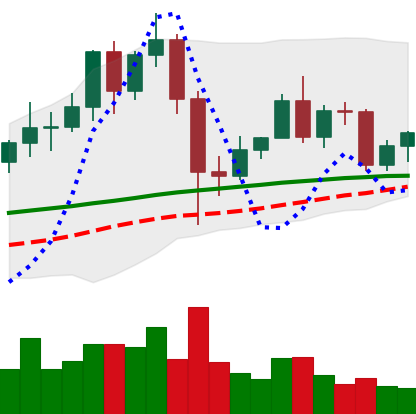
Ticker: LINK-USD
Chart end date: 2020-12-06
Forward return: -13.58%
Label: down_7plus